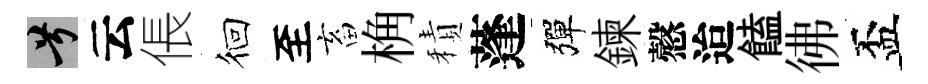
兮云倀徊至畜桷積蓬彈鍊慤迨饁彿盃